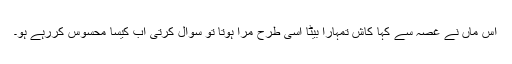
اس ماں نے غصہ سے کہا کاش تمہارا بیٹا اسی طرح مرا ہوتا تو سوال کرتی اب کیسا محسوس کررہے ہو۔